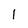
Character: I